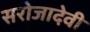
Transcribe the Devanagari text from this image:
सरोजादेवी